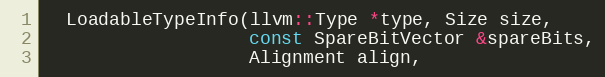
Language: C
  LoadableTypeInfo(llvm::Type *type, Size size,
                   const SpareBitVector &spareBits,
                   Alignment align,